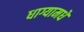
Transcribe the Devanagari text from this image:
धाग्यामधे